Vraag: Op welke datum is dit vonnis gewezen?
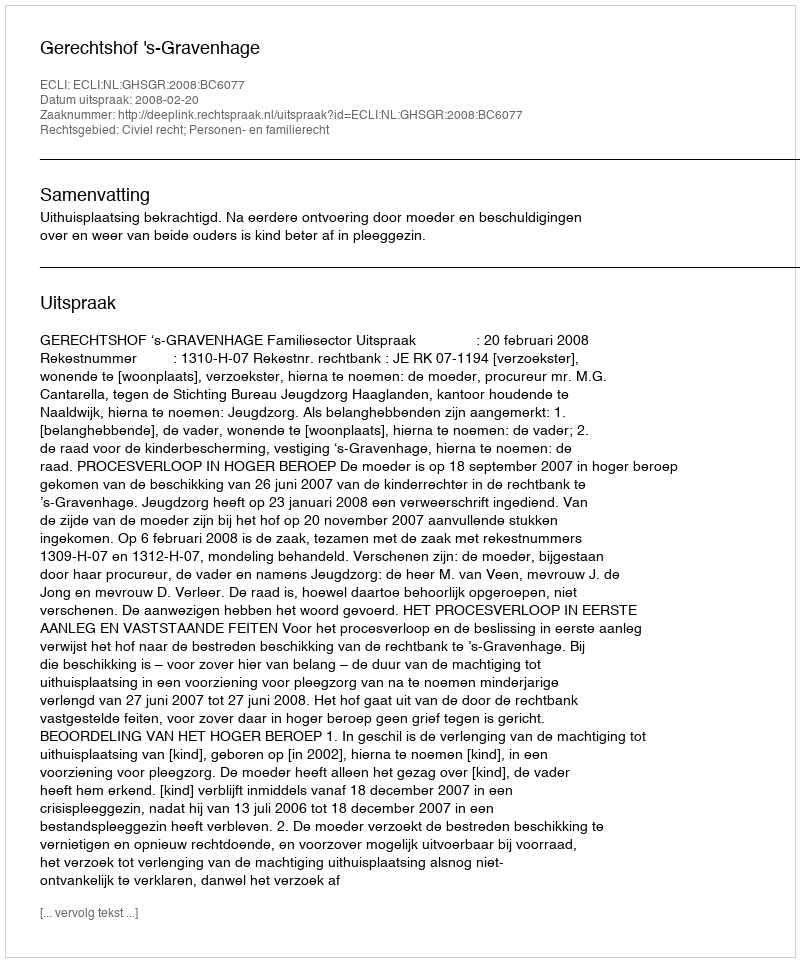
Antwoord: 2008-02-20